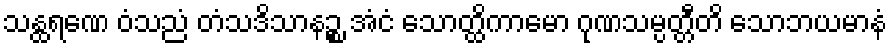
သန္ထရဏေ ဝံသညံ တံသဒိသာနဉ္စ အံငံ သောတ္ထိကာမော ဂုဏသမ္ပတ္တီတိ သောဘယမာနံ